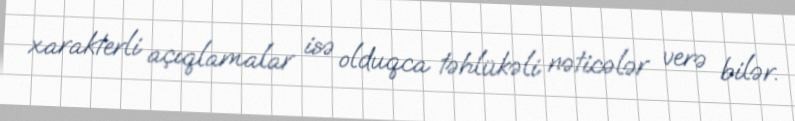
xarakterli açıqlamalar isə olduqca təhlükəli nəticələr verə bilər.